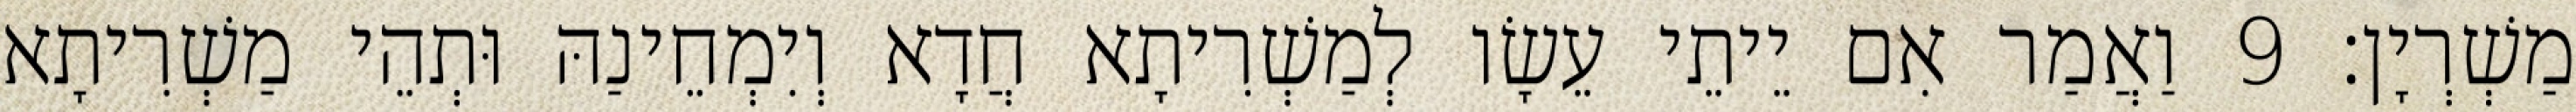
מַשְׁרְיָן׃ 9 וַאֲמַר אִם יֵיתֵי עֵשָׂו לְמַשְׁרִיתָא חֲדָא וְיִמְחֵינַהּ וּתְהֵי מַשְׁרִיתָא